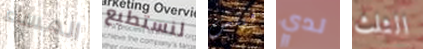
المساء لنستطيع فينش لدي الثلث